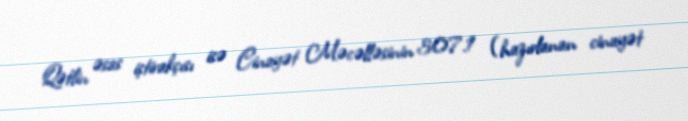
Qətlin əsas iştirakçısı isə Cinayət Məcəlləsinin 307.1 (hazırlanan cinayət